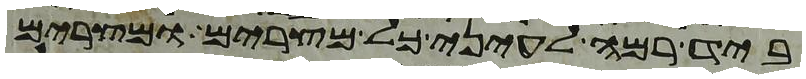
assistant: ביד רמה לעיני כל מצרים ומצרים